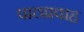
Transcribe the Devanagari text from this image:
पाठप्रवाह